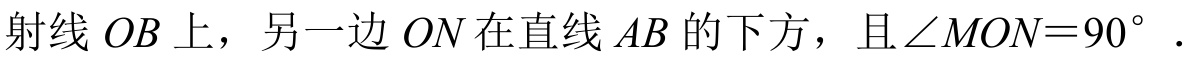
射线\(OB\)上，另一边\(ON\)在直线\(AB\)的下方，且\(\angle MON = 90^{\circ}\)．